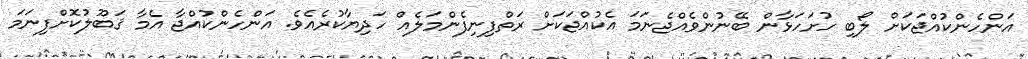
އަންހެންކުއްޖަކަށް ލޯބި ހުށަހަޅާން ބޭނުންވެއްޖެނަމަ އެކުއްޖަކަށް ރަތްފިނިފެންމަލެއް ހަދިޔާކުރެއެވެ. އަންހެންކުއްޖާ އެމާ ޤަބޫލުކޮށްފިނަމަ